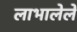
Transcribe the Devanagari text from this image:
लाभालेले